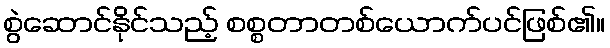
စွဲဆောင်နိုင်သည့် စစ္စတာတစ်ယောက်ပင်ဖြစ်၏။